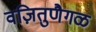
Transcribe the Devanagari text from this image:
वज़ितुणैगळ